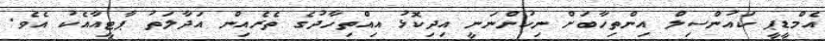
އެމްޑީޕީ ކައުންސިލް އިންތިހާބަށް ނިކުންނަނީ އިދިކޮޅު އިއްތިހާދުގެ ތެރެއިން އަދާލަތު ޕާޓީއާއެކު އެވެ.